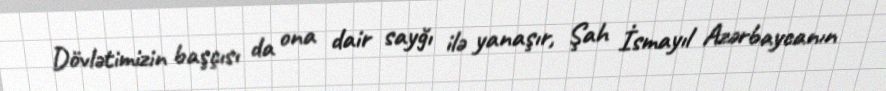
Dövlətimizin başçısı da ona dair sayğı ilə yanaşır, Şah İsmayıl Azərbaycanın